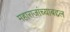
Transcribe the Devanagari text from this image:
महाराजांच्याबद्दल